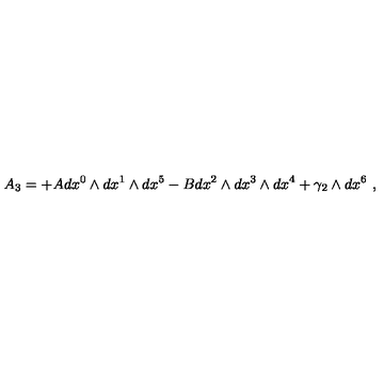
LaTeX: A _ { 3 } = + A d x ^ { 0 } \wedge d x ^ { 1 } \wedge d x ^ { 5 } - B d x ^ { 2 } \wedge d x ^ { 3 } \wedge d x ^ { 4 } + \gamma _ { 2 } \wedge d x ^ { 6 } \ ,